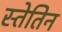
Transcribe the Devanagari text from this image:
स्तेतिन